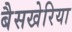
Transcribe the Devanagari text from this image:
बैसखेरिया